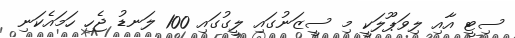
ސިޓީ އާއި ލިވަޕޫލަކީ މި ސީޒަނުގައި ލީގުގައި 100 ލަނޑު ޖެހި ހަމައެކަނި